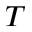
T